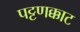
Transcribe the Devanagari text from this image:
पट्टणक्काट